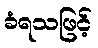
ခံရသဖြင့်